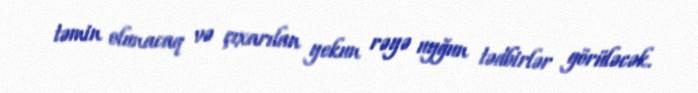
təmin olunacaq və çıxarılan yekun rəyə uyğun tədbirlər görüləcək.